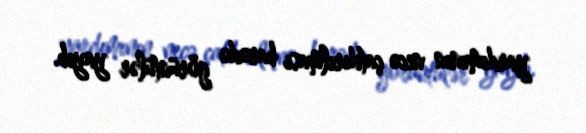
yardımının necə çatdırılması barədə görüntülər yayıb.